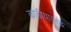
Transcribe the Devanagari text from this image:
काठीयाव़ाड